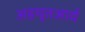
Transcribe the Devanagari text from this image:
अहचुतआर्य